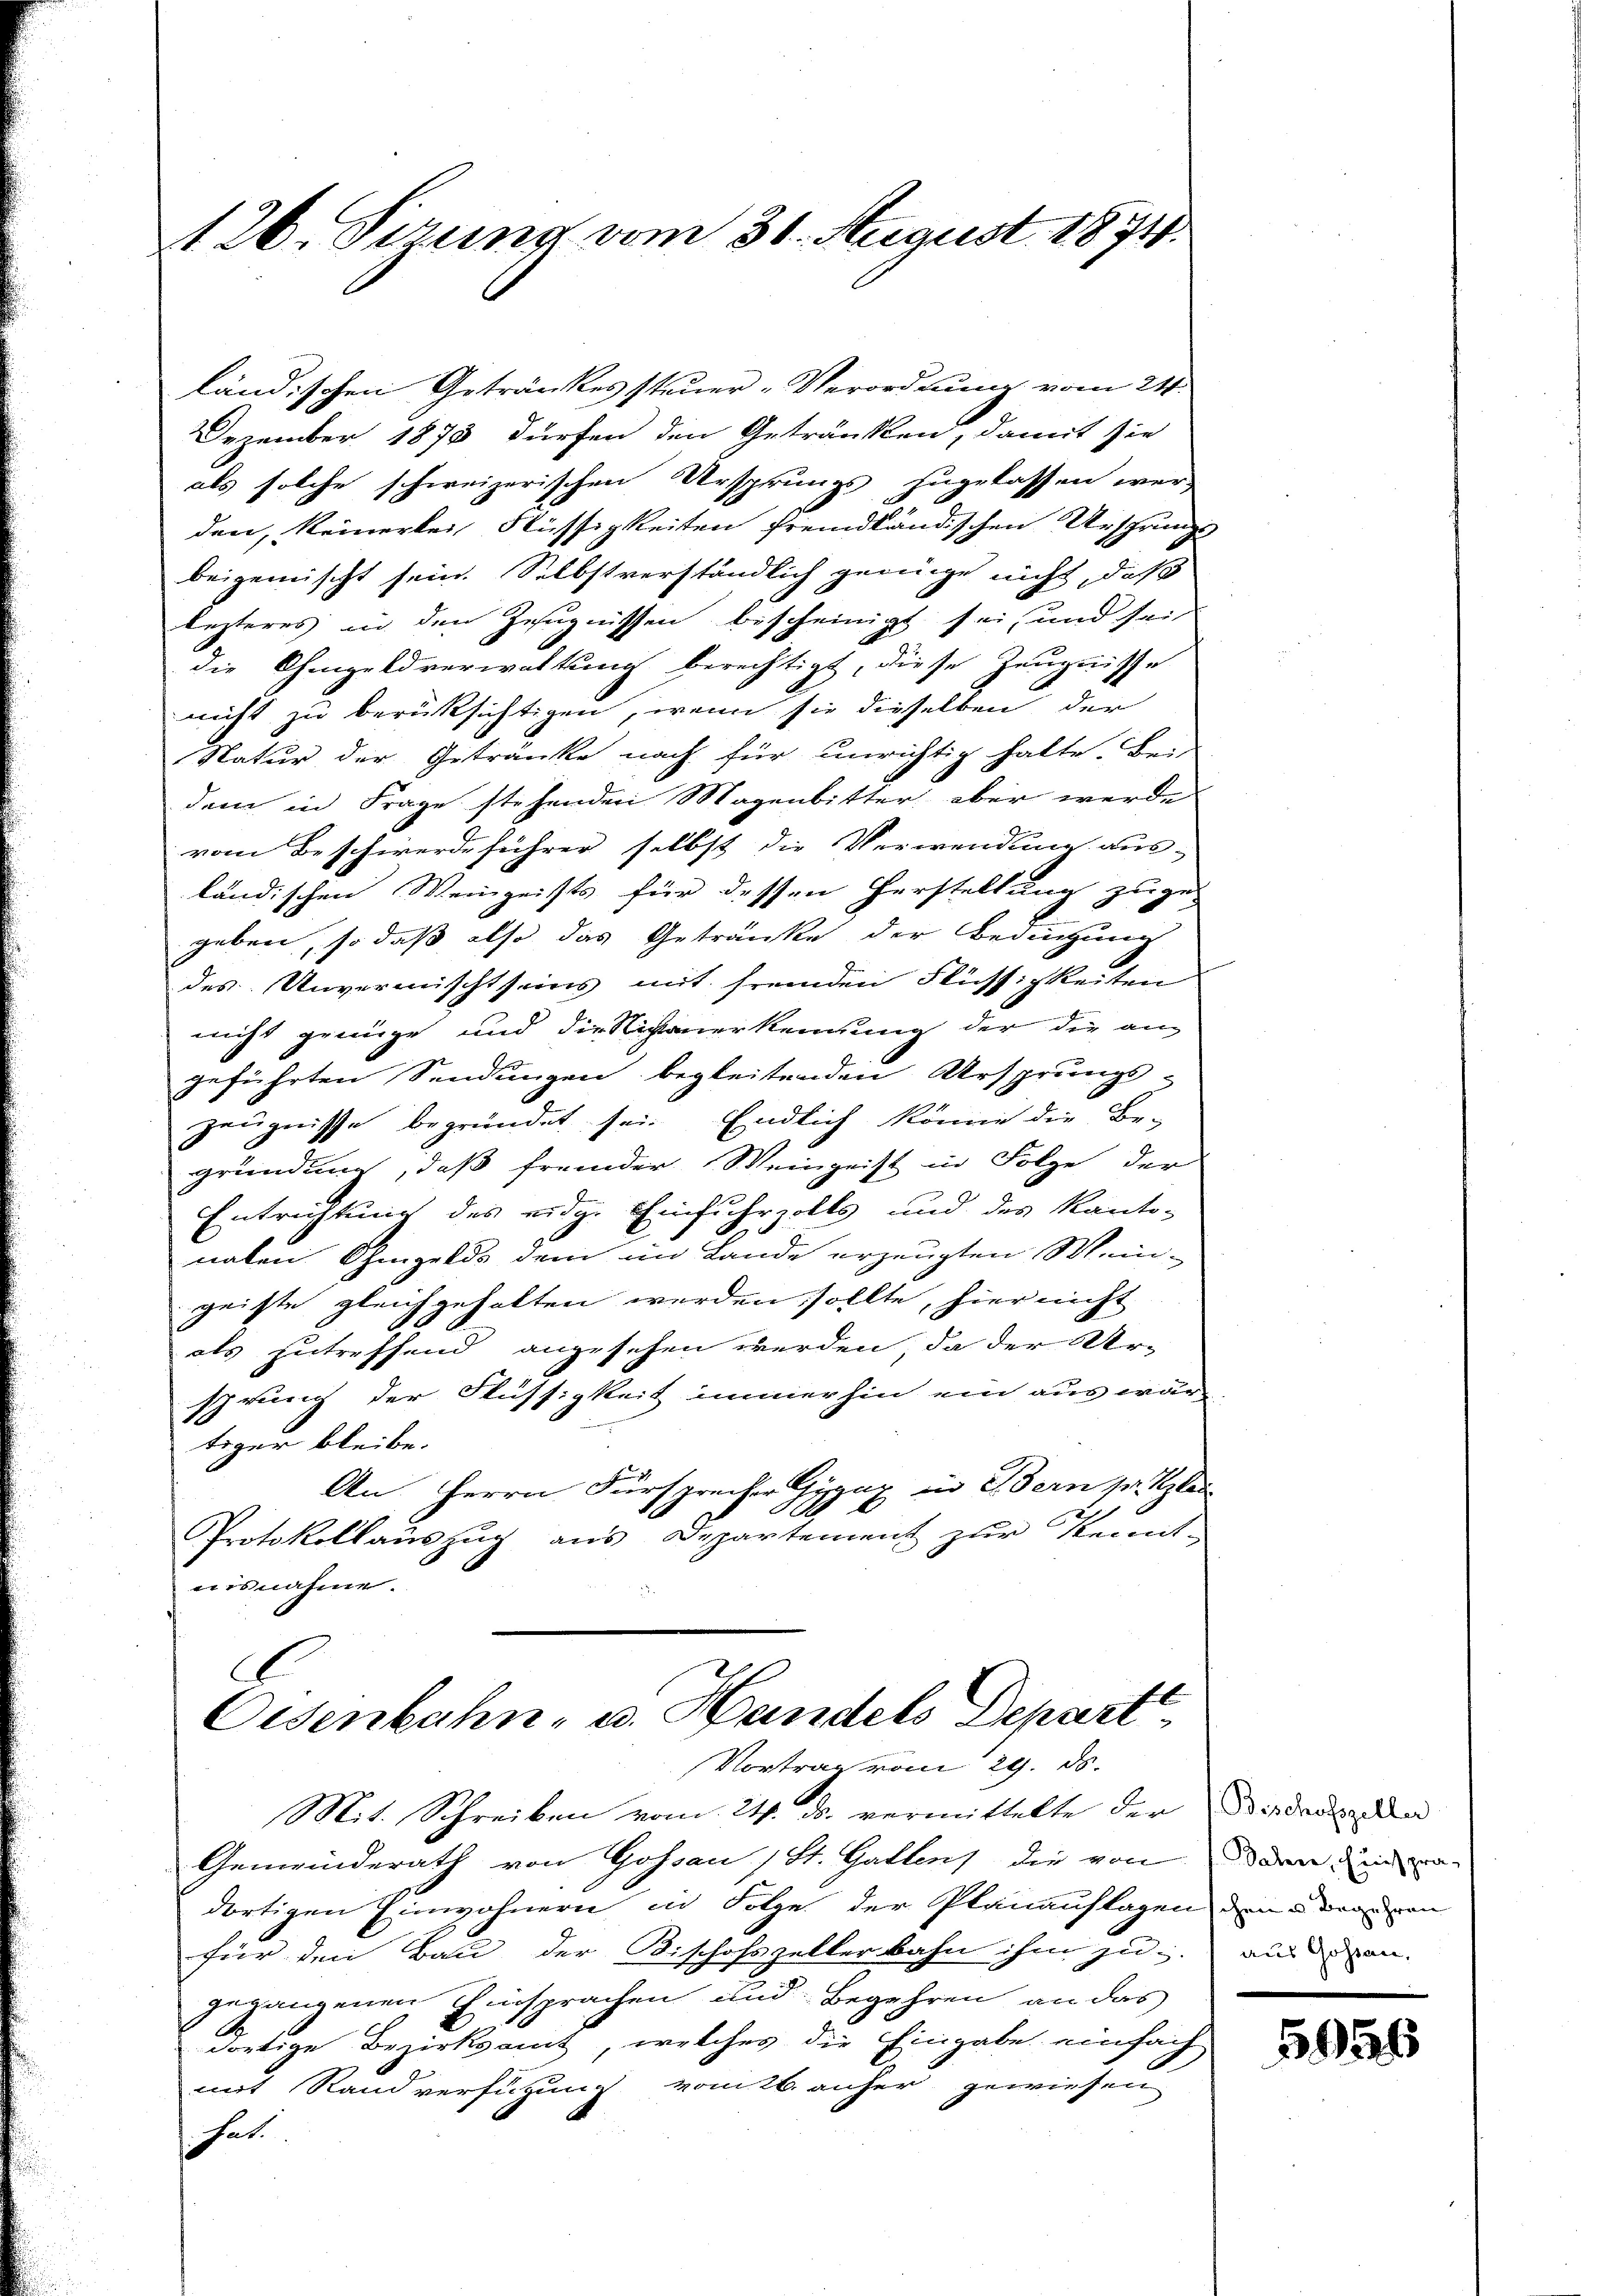
126. Sizung vom 30. August 1874.

ländischen Getränkes steuer-Verordnung vom 24.
Dezember 1875 dürfen den Getränken, damit sie
als solche schweizerischen Ursprungs zugelassen wer
den, keinerlei Flüssigkeiten fremdländischen Ursprungs
beigemischt sein. Selbstverständlich genüge nicht, daß
lezteres in den Zeugnissen bescheinigt sei, und sei
die Ohmgeldverwaltung berechtigt, diese Zeugnisse
nicht zu berüksichtigen, wenn sie dieselben der
Natur der Getränke nach für unrichtig halte. Be-
dem in Frage stehenden Magenbitter, aber werde
vom Beschwerdeführer selbst die Verwendung aus-
ländischen Weingeists für dessen Herstellung zuge-
geben, so daß also das Getränke der Bedingung
des Unvermischt seins mit fremden Flüssichkeiten
nicht grenze und die Nichtanerkennung der die an-
geführten Sendungen begleitenden Ursprungs-
Zeugnisse begründet sei. Endlich könne die Be-
gründung, daß fremder Weingeist in Folge der
Entrichtung des eidge Einfuhrzolls und des Kanto-
nalen Ohmgelds dem im Lande erzeugten Wein-
geiste gleichgehalten werden sollte, hier nicht
als zutreffend angesehen werden, da der Ur-
sprung der Flüssigkeit immerhin ein aus war-
tiger bleibe.
An Herrn Fürsprecher Gygaz in Bern pr. Glei
Protokollaŭszŭg ans Departement zŭr Kennt-
nisnahme.

E
Eisenbahn, u. Handels Depari
Vortrag vom 29. ds.

Mit. Schreiben vom 24. ds. vermittelte der
Gemeinderath von Gossau (St. Gallens die von
dortigen Einwohnern in Folge der Planauflagen den denen
für den Bau der Bischofszellerbahn ihm zu
gegangenen Einsprachen und Begehren an das
dortige Bezirksamt, welches die Eingabe einfach
mit Randverfügung vom 26. anher gewiesen
hat.

Beschofszeller
Daher, Einspraaus Gossau,

5956